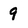
Character: 9